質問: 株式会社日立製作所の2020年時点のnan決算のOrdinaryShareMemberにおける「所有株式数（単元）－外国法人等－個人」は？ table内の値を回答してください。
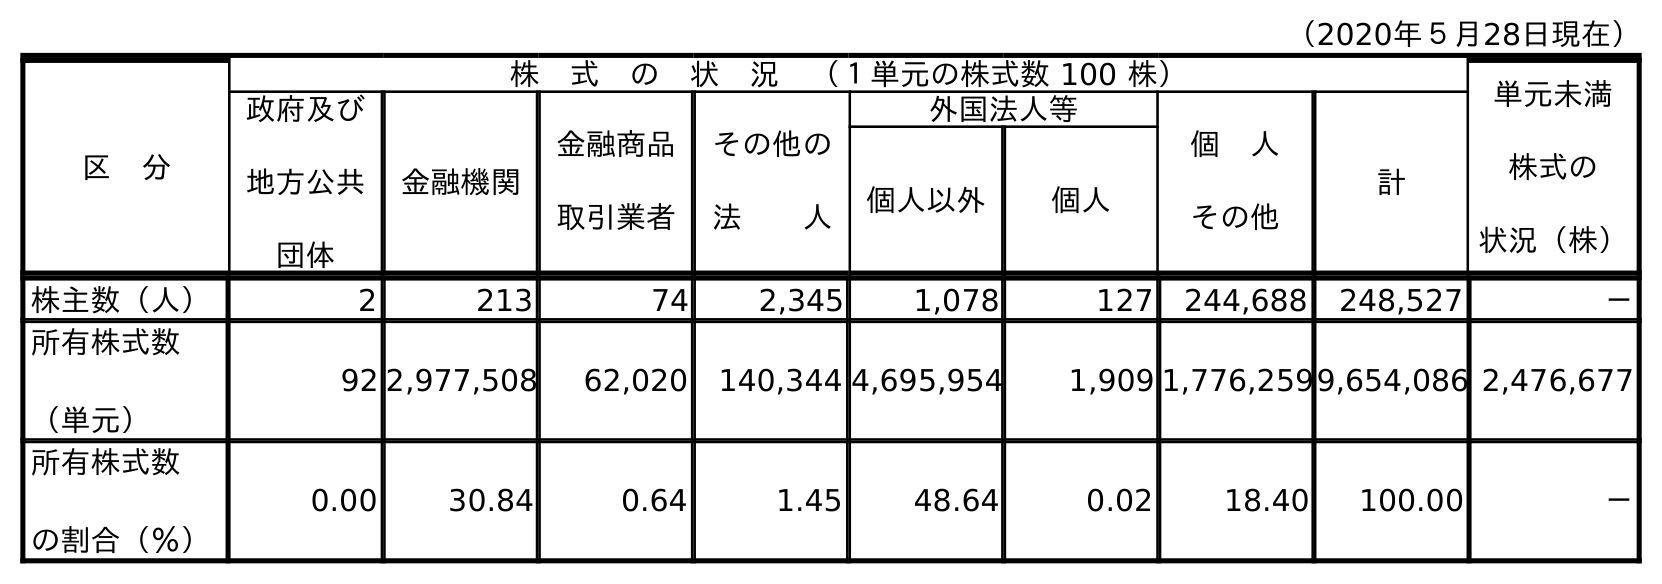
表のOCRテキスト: （2020年５月28日現在） 区 分 株 式 の 状 況 （１単元の株式数 100 株） 単元未満 株式の 状況（株） 政府及び 地方公共 団体 金融機関 金融商品 取引業者 その他の 法  人 外国法人等 個 人 その他 計 個人以外 個人 株主数（人） 2 213 74 2,345 1,078 127 244,688 248,527 － 所有株式数 （単元） 92 2,977,508 62,020 140,344 4,695,954 1,909 1,776,2599,654,086 2,476,677 所有株式数 の割合（％） 0.00 30.84 0.64 1.45 48.64 0.02 18.40 100.00 －
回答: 1,909